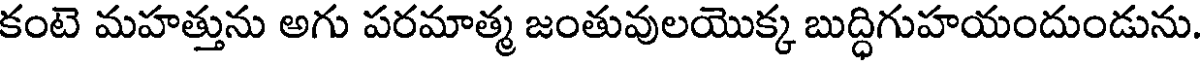
కంటె మహత్తును అగు పరమాత్మ జంతువులయొక్క బుద్ధిగుహయందుండును